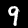
Label: 9